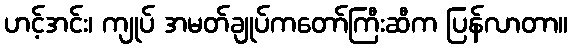
ဟင့်အင်း၊ ကျုပ် အမတ်ချုပ်ကတော်ကြီးဆီက ပြန်လာတာ။